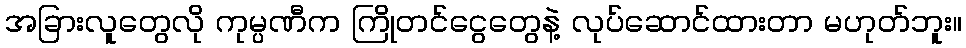
အခြားလူတွေလို ကုမ္ပဏီက ကြိုတင်ငွေတွေနဲ့ လုပ်ဆောင်ထားတာ မဟုတ်ဘူး။